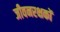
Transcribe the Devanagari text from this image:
जीवनरक्षकों